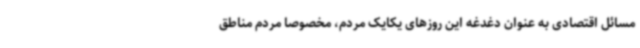
مسائل اقتصادی به عنوان دغدغه این روزهای یکایک مردم، مخصوصاً مردم مناطق